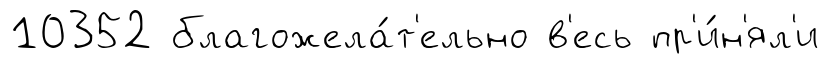
10352 благожела́т'ельно в'есь пр'и́н'ял'и